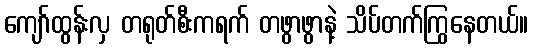
ကျော်ထွန်းလှ တရုတ်စီးကရက် တဖွာဖွာနဲ့ သိပ်တက်ကြွနေတယ်။